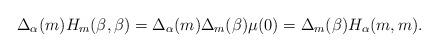
LaTeX: \begin{align*}\Delta_\alpha(m) H_m(\beta,\beta) = \Delta_\alpha(m) \Delta_m(\beta) \mu(0) = \Delta_m(\beta) H_\alpha(m,m) .\end{align*}